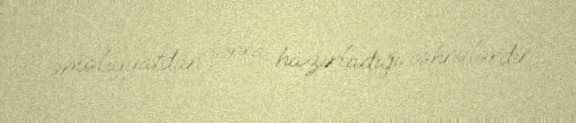
əməliyyatdan sonra hazırladığı səhnələrdir.